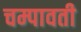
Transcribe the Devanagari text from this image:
चम्पावती